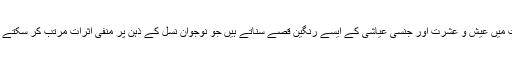
جنت میں عیش و عشرت اور جنسی عیاشی کے ایسے رنگین قصے سناتے ہیں جو نوجوان نسل کے ذہن پر منفی اثرات مرتب کر سکتے ہیں۔